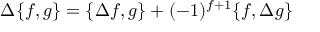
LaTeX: \Delta \{ f , g \} = \{ \Delta f , g \} + ( - 1 ) ^ { f + 1 } \{ f , \Delta g \}